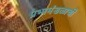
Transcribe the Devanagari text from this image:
प्रभामंडळाची